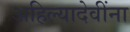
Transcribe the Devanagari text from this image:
अहिल्यादेवींना